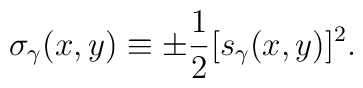
\sigma_\gamma(x,y) \equiv \pm{1\over2} [s_\gamma(x,y)]^2.